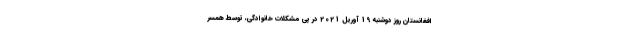
افغانستان روز دوشنبه 19 آوریل 2021 در پی مشکلات خانوادگی، توسط همسر